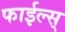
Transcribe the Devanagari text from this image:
फाईल्स्